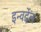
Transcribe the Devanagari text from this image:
इन्वर्देल